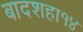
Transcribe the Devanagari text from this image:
बादशहा१४